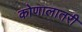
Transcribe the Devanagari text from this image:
कोणालातरी